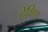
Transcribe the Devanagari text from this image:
देक्ष्णि